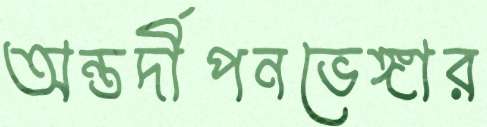
অন্তর্দীপনভেঙ্গার